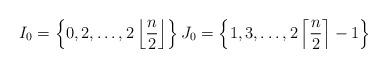
LaTeX: \begin{align*} I_0=\left\{0,2,\dots,2\left\lfloor \frac n2\right\rfloor\right\} J_0=\left\{1,3,\dots,2\left\lceil \frac n2\right\rceil-1\right\}\end{align*}